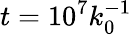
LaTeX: t=10^{7}k_{0}^{-1}